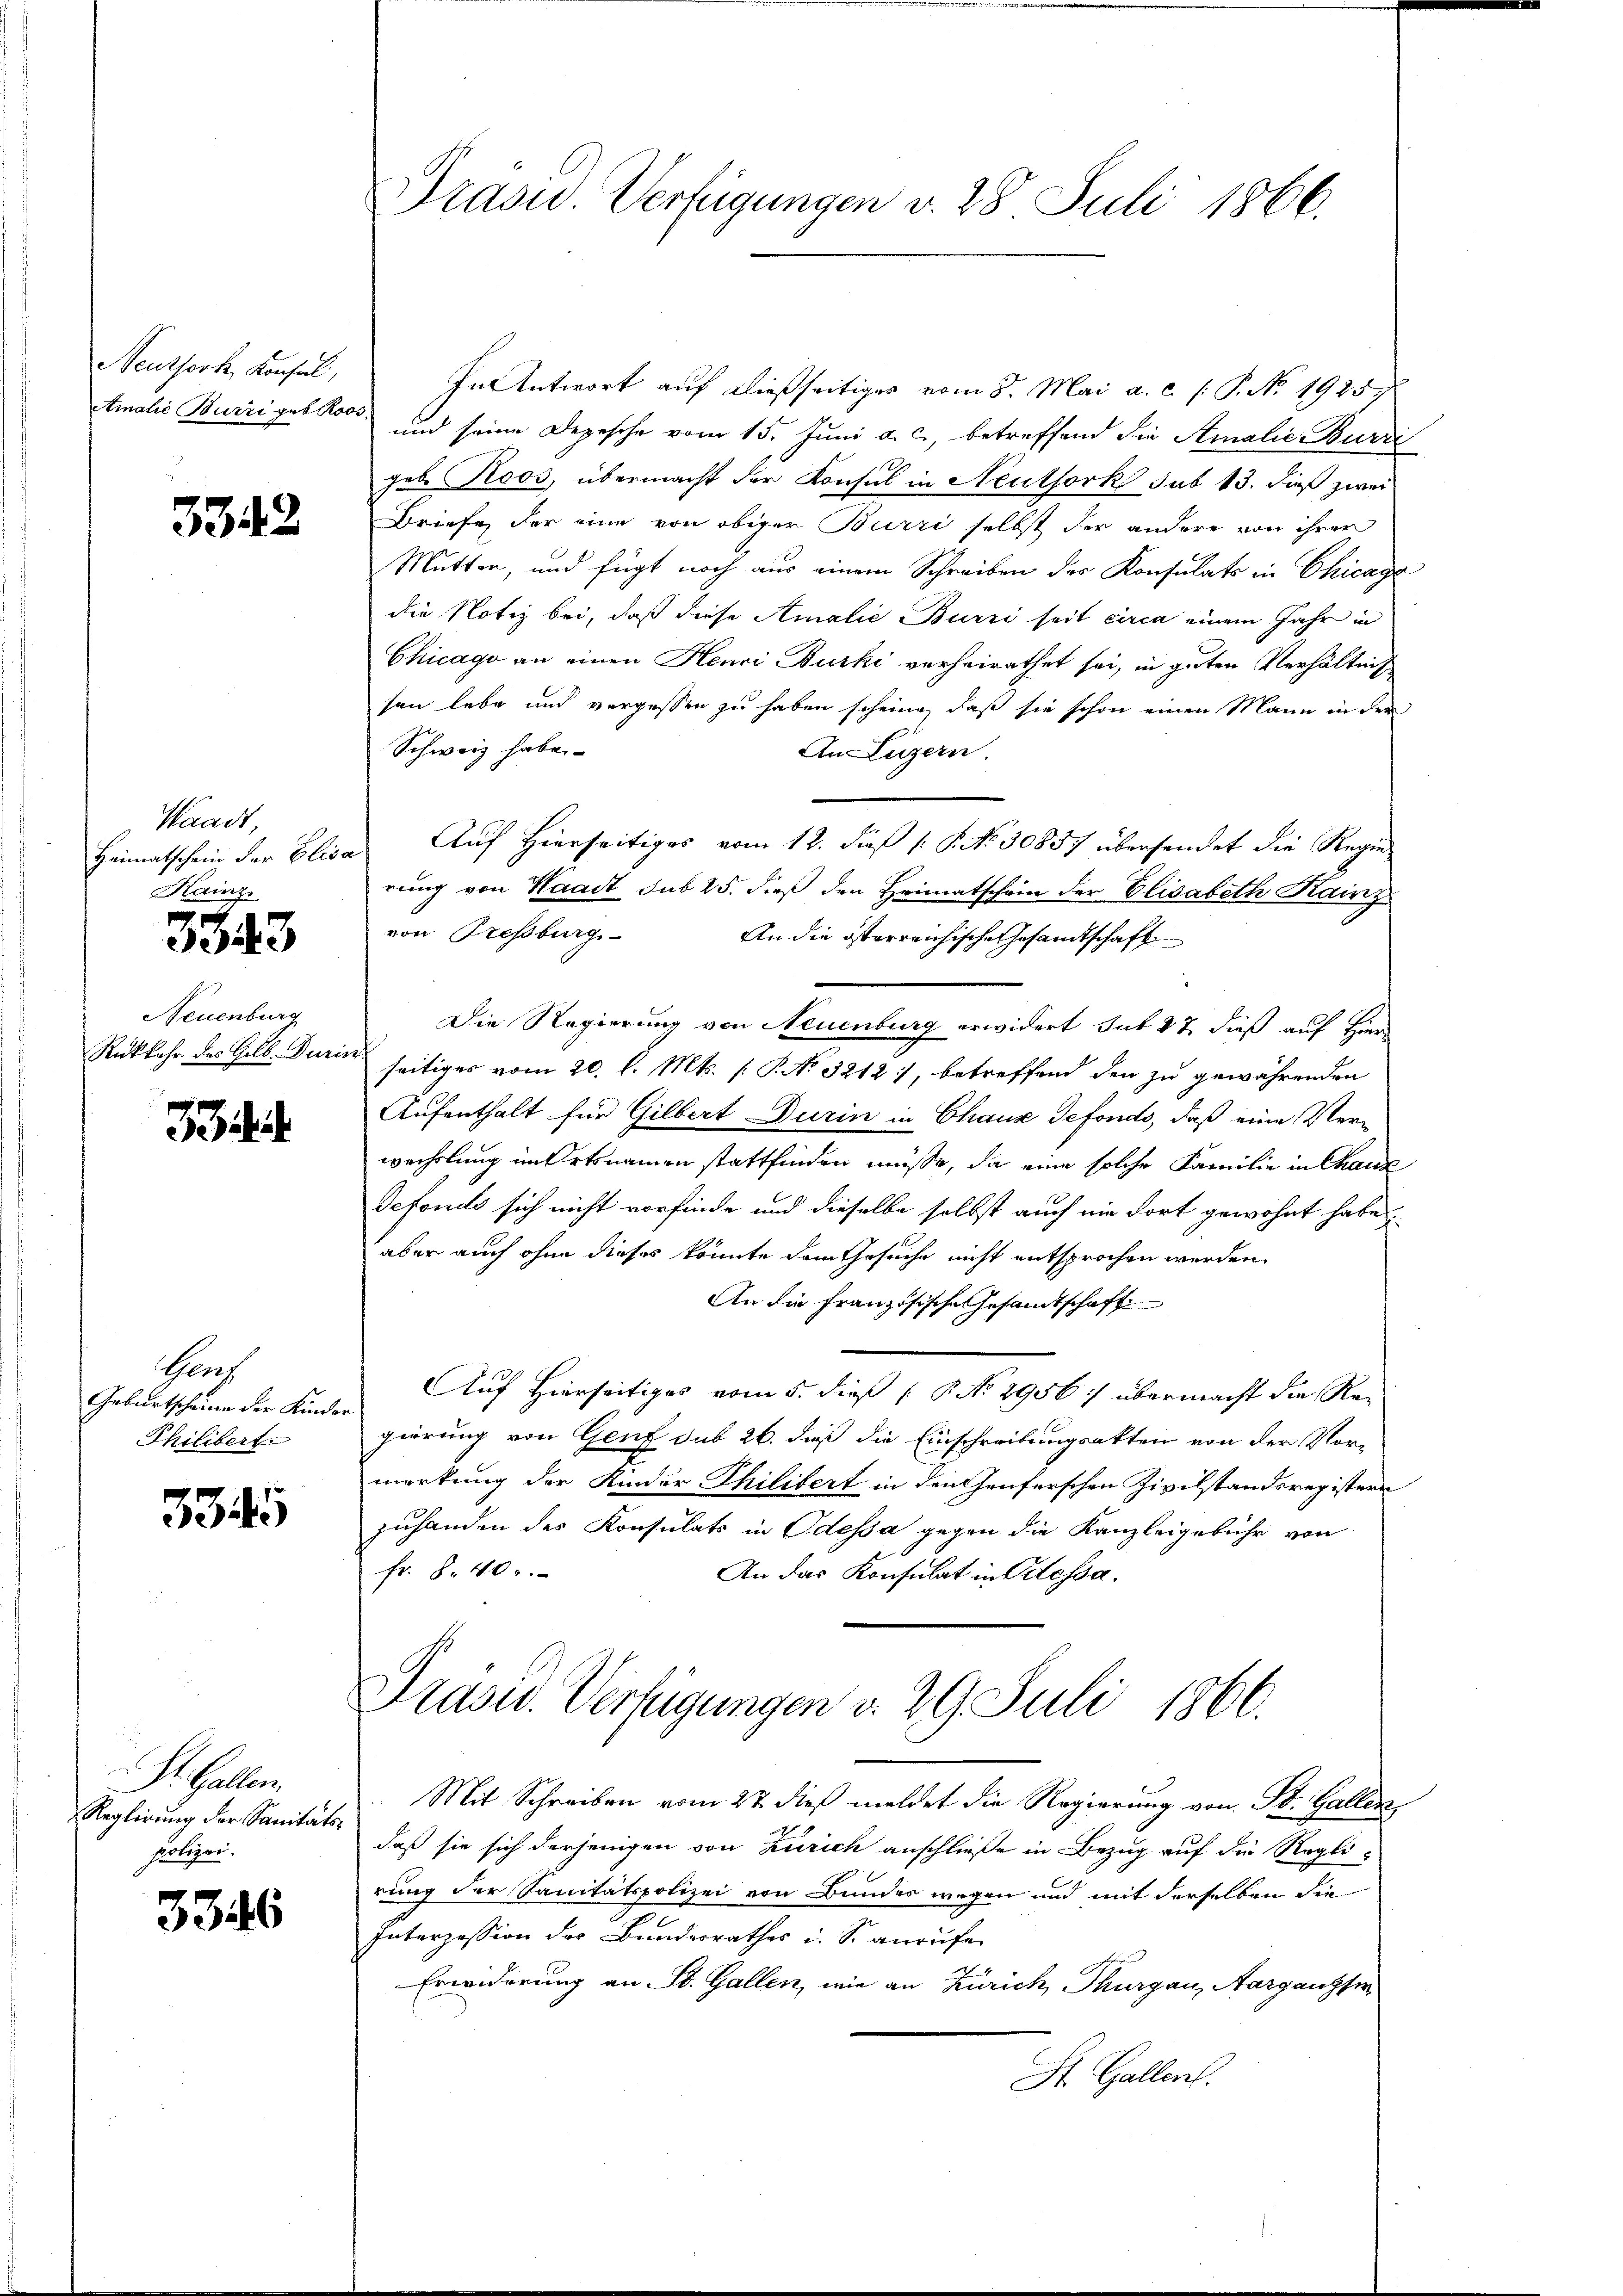
Neuthork, Konsul,

3342

Standt,
Kainz.

3343

Neuenburg
Rückkehr des Gelb. Duri

33

Grof
Geburtscheine der Kinder
Philibert.

3345

St. Gallen.
Reglirung der Sanitäts-
polizei.

3346

Brasid. Verfügungen v. 28 Juli 1866.

In Antwort auf dießseitiges vom 8. Mai a. c. /: P. No. 1925
tmalis Burri geb. Roos und seine Depesche vom 15. Juni a. c., betreffend die Amalie Burri
.
geb. Roos, übermacht der Konsul in Neuthork sub 13. dieß zwei
Briefe, der eine von obiger Burri selbst der andere von ihrer
Mutter, und fügt noch aus einem Schreiben der Konsulats in Chicage
die Notiz bei, daß diese Amalie Burri seit circa einem Jahr in
Chicago an einen Henri Burki verheirathet sei, in guten Verhältnis
sen lebe und vergessen zu haben scheine, daß sie schon einen Mann in der
Schweiz habe
An Luzern.
Heimatschein der Elisa Auf Hierseitiges vom 12. dieß (: P. No. 30857 übersendet die Regie
rung von Waadt sub 25. dieß den Heimatschein der Elisabeth Kainz
von Tresburg
An die österreichische Gesamtschaft
Die Regierung von Neuenburg erwidert sub 27 dieß auf Hier
 seitiges vom 20. l. Mts. (: P. No 3212), betreffend den zu gewährenden
Aufenthalt für Gilbert Durin in Chause Gefonds, daß eine Verwechslung im Ortsnamen stattfinden müsse, da eine solche Familie in Chauz
Defondo sich nicht vorfinde und dieselbe selbst auch nie fort gewohnt habe
aber auch ohne dieses könnte dem Gesuche nicht entsprochen werden.
An die französische Gesandtschaft
Auf Hierseitiges vom 5. dieß P. No. 2956/ übermacht die Regierung von Genf sub 26. daß die Einschreibungsakten von der Vor-
merkung der Kinder Thilibert in den Genferschen Zivilstandsregistern
zuhanden des Konsulats in Odessa gegen die Kanzleigebühr von
fr. 8. 40.
An das Konsulat in Odessa.
Präsid.. Verfügungen v. 29. Juli 1866.
Mit Schreiben vom 27. dieß meldet die Regierung von St. Gallen,
daß sie sich derjenigen von Zürich anschließe in Bezug auf die Regli-
rung der Sanitätspolizei von Bundes wegen und mit derselben die
Interzession des Bundesrathes i. S. anrufen
Erwiderung an St. Gallen, wie an Zürich, Thurgau, Aargangser¬
St. Gallen.